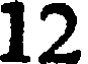
12